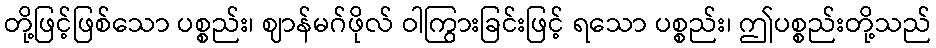
တို့ဖြင့်ဖြစ်သော ပစ္စည်း၊ ဈာန်မဂ်ဖိုလ် ဝါကြွားခြင်းဖြင့် ရသော ပစ္စည်း၊ ဤပစ္စည်းတို့သည်